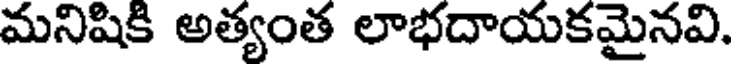
మనిషికి అత్యంత లాభదాయకమైనవి.